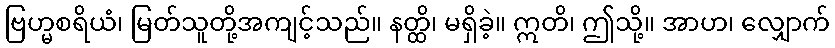
ဗြဟ္မစရိယံ၊ မြတ်သူတို့အကျင့်သည်။ နတ္ထိ၊ မရှိခဲ့။ ဣတိ၊ ဤသို့။ အာဟ၊ လျှောက်